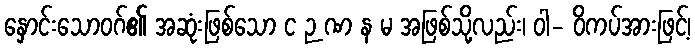
နှောင်းသောဝဂ်၏ အဆုံးဖြစ်သော င ဉ ဏ န မ အဖြစ်သို့လည်း၊ ဝါ- ဝိကပ်အားဖြင့်၊